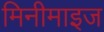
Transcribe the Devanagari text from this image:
मिनीमाइज